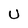
Character: U